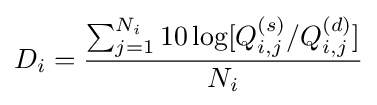
D_{i}={\frac {\sum _{j=1}^{N_{i}}10\log[Q_{i,j}^{(s)}/Q_{i,j}^{(d)}]}{N_{i}}}